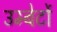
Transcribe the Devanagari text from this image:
उम्बेर्टो